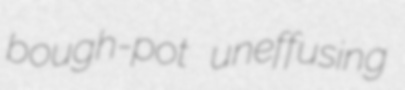
bough-pot uneffusing